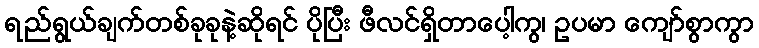
ရည်ရွယ်ချက်တစ်ခုခုနဲ့ဆိုရင် ပိုပြီး ဖီလင်ရှိတာပေါ့ကွ၊ ဥပမာ ကျော်စွာကွာ